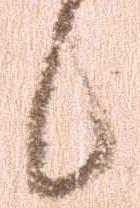
候